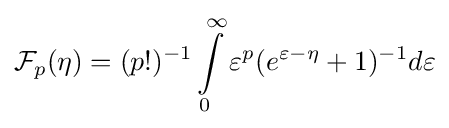
{\mathcal {F}}_{p}(\eta )=(p!)^{-1}\int \limits _{0}^{\infty }{\varepsilon ^{p}(e^{\varepsilon -\eta }+1})^{-1}d\varepsilon